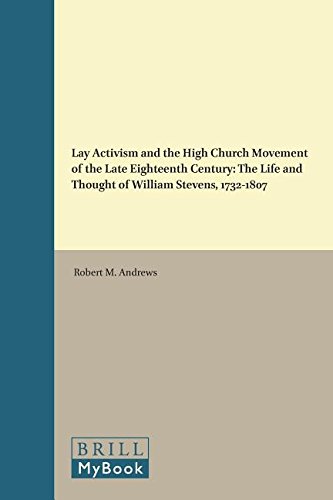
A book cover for Lay Activism and the High Church Movement of the Late Eighteenth Century: The Life and Thought of William Stevens, 1732-1807 (Brill's Series in Church History and Religious Culture); Robert M. Andrews; Christian Books & Bibles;